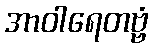
အာဝါရေတဗ္ဗံ